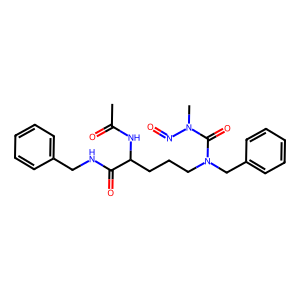
SMILES: CC(=O)NC(CCCN(Cc1ccccc1)C(=O)N(C)N=O)C(=O)NCc1ccccc1
Inhibits HIV replication: No